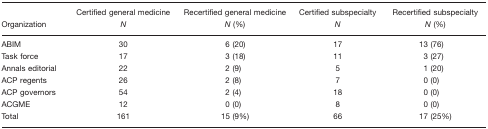
<table><thead><tr><td><b>Organization</b></td><td><b>Certified general medicine<i>N</i></b></td><td><b>Recertified general medicine<i>N</i> (%)</b></td><td><b>Certified subspecialty<i>N</i></b></td><td><b>Recertified subspecialty<i>N</i> (%)</b></td></tr></thead><tbody><tr><td>ABIM</td><td>30</td><td>6 (20)</td><td>17</td><td>13 (76)</td></tr><tr><td>Task force</td><td>17</td><td>3 (18)</td><td>11</td><td>3 (27)</td></tr><tr><td>Annals editorial</td><td>22</td><td>2 (9)</td><td>5</td><td>1 (20)</td></tr><tr><td>ACP regents</td><td>26</td><td>2 (8)</td><td>7</td><td>0 (0)</td></tr><tr><td>ACP governors</td><td>54</td><td>2 (4)</td><td>18</td><td>0 (0)</td></tr><tr><td>ACGME</td><td>12</td><td>0 (0)</td><td>8</td><td>0 (0)</td></tr><tr><td>Total</td><td>161</td><td>15 (9%)</td><td>66</td><td>17 (25%)</td></tr></tbody></table>